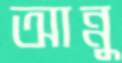
আন্নু